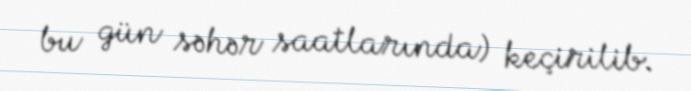
bu gün səhər saatlarında) keçirilib.